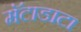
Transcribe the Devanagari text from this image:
मॅटाडाटा